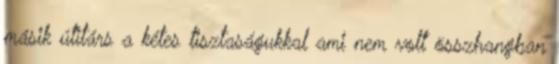
másik útitárs a kétes tisztaságukkal ami nem volt összhangban